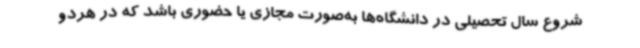
شروع سال تحصیلی در دانشگاه‌ها به‌صورت مجازی یا حضوری باشد که در هردو